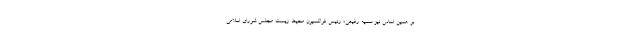
بر همین اساس نیز سمیه رفیعی؛ رئیس فراکسیون محیط زیست مجلس شورای اسلامی